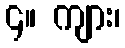
၄။ ကျား၊